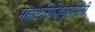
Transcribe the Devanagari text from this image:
महाष्टसिद्धिकामिनी